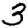
Digit: 3